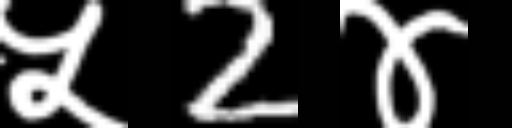
Text: ५2४